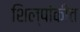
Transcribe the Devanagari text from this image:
शिल्पांकीत